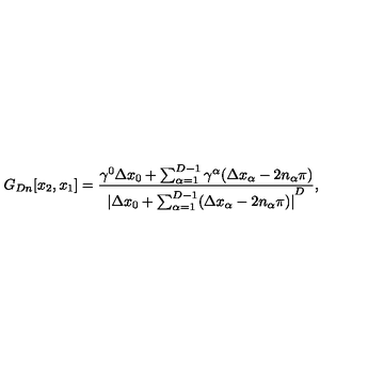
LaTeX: G _ { D n } [ x _ { 2 } , x _ { 1 } ] = \frac { \gamma ^ { 0 } \Delta x _ { 0 } + \sum _ { \alpha = 1 } ^ { D - 1 } \gamma ^ { \alpha } ( \Delta x _ { \alpha } - 2 n _ { \alpha } \pi ) } { { \vert { \Delta x _ { 0 } + \sum _ { \alpha = 1 } ^ { D - 1 } ( \Delta x _ { \alpha } - 2 n _ { \alpha } \pi ) } \vert } ^ { D } } ,